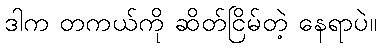
ဒါက တကယ်ကို ဆိတ်ငြိမ်တဲ့ နေရာပဲ။